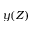
y ( Z )